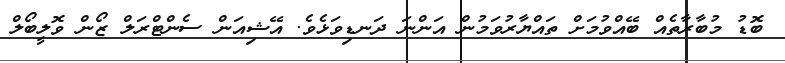
ބޮޑު މުބާރާތެއް ބޭއްވުމަށް ތައްޔާރުވަމުން އަންނަ ދަނޑިވަޅެވެ. އޭޝިއަން ސެންޓްރަލް ޒޯން ވޮލީބޯލް